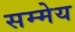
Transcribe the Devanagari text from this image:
सम्मेय